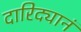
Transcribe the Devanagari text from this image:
दारिद्यानं